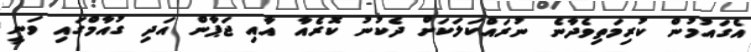
އެގައުމުން ކުރިމަތިވެދާނެ ނުރައްކަލަކަށް ދެކުނު ކޮރެއާ އާއި ޖަޕާން އަދި ގުއާމްގައި ވަނީ